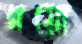
জয়ো